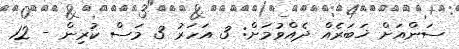
ސަންއަށް ޚަބަރެއް ދެއްވުމަށް: 3 އަހަރު 3 މަސް ކުރިން - 12